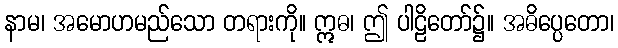
နာမ၊ အမောဟမည်သော တရားကို။ ဣဓ၊ ဤ ပါဠိတော်၌။ အဓိပ္ပေတော၊